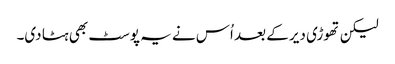
لیکن تھوڑی دیر کے بعد اُس نے یہ پوسٹ بھی ہٹا دی۔